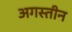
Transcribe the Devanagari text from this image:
अगस्तीन